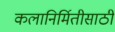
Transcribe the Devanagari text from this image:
कलानिर्मितीसाठी